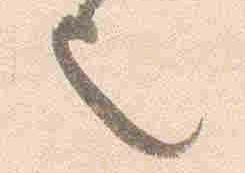
也